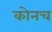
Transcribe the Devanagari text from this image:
कोनच